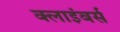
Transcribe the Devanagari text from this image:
क्लाइंबर्स